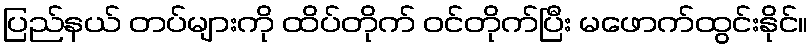
ပြည်နယ် တပ်များကို ထိပ်တိုက် ဝင်တိုက်ပြီး မဖောက်ထွင်းနိုင်။